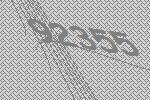
92355